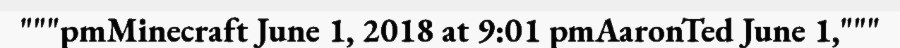
"""pmMinecraft June 1, 2018 at 9:01 pmAaronTed June 1,"""